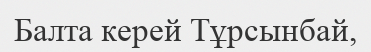
Балта керей Тұрсынбай,